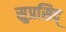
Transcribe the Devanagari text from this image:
सुप्रसिद्